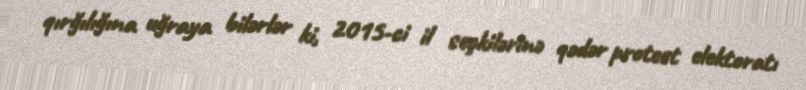
qırğılığına uğraya bilərlər ki, 2015-ci il seçkilərinə qədər protest elektoratı